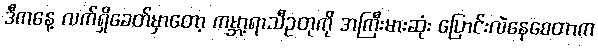
ဒီကနေ့ လက်ရှိခေတ်မှာတော့ ကမ္ဘာ့ရာသီဥတုကို အကြီးမားဆုံး ပြောင်းလဲနေစေတာက